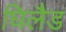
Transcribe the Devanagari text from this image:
घिलैड